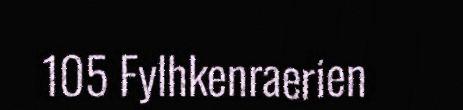
105 Fylhkenraerien